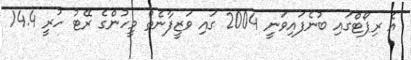
އެ ރިޕޯޓްގައި ބުނެފައިވަނީ 2004 ގައި ވަޒީފާނެތް މީހުންގެ ރޭޓު ހުރީ 14.4